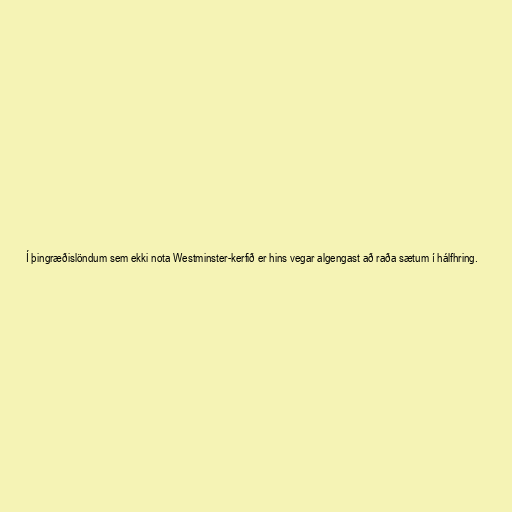
Í þingræðislöndum sem ekki nota Westminster-kerfið er hins vegar algengast að raða sætum í hálfhring.